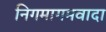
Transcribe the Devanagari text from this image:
निगमागमवादा